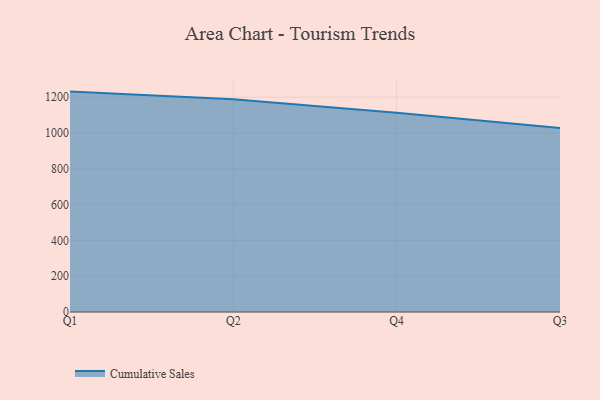
{"axis": {"x": "Quarter", "y": "Backlog"}, "legend": ["Cumulative Sales"], "data": [{"x": "Q1", "y": 1231.0, "type": "Cumulative Sales"}, {"x": "Q2", "y": 1187.7, "type": "Cumulative Sales"}, {"x": "Q4", "y": 1113.3, "type": "Cumulative Sales"}, {"x": "Q3", "y": 1028.2, "type": "Cumulative Sales"}]}